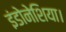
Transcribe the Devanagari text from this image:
इंडोनेशिया।